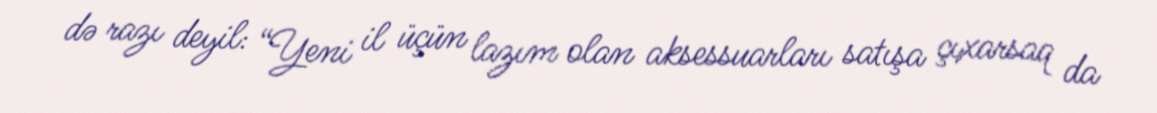
də razı deyil: “Yeni il üçün lazım olan aksessuarları satışa çıxarsaq da